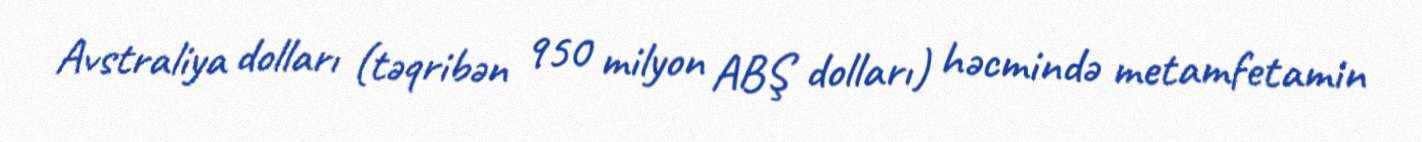
Avstraliya dolları (təqribən 950 milyon ABŞ dolları) həcmində metamfetamin